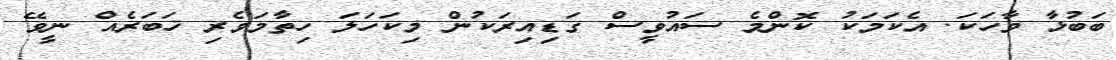
ބަބުޅާ ވާހަކަ. އެކަމަކު ކޮންމެ ސައުވީސް ގަޑިއިރަކުން މިކަހަލަ ހިތާމަވެރި ޚަބަރެއް ނީވޭ